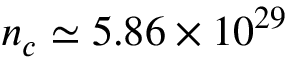
n _ { c } \simeq 5 . 8 6 \times 1 0 ^ { 2 9 }